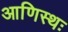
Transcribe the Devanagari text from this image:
आणिस्थः